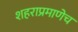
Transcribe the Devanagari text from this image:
शहराप्रमाणेच